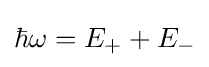
\hbar \omega =E_{+}+E_{-}